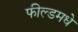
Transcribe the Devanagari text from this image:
फील्डमधे